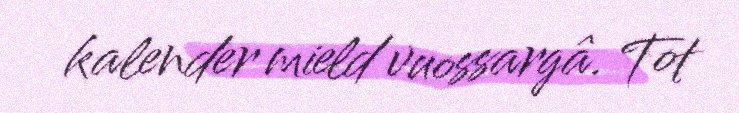
kalender mield vuossargâ. Tot